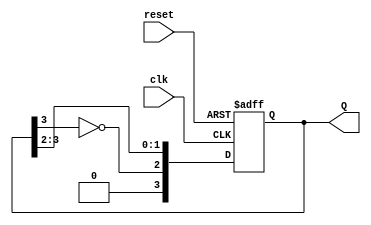
module johnson_counter #(parameter N = 4) (
    input wire clk,        // Clock input
    input wire reset,      // Asynchronous reset
    output reg [N-1:0] Q   // Counter output
);

    // Always block triggered on the rising edge of the clock or reset
    always @(posedge clk or posedge reset) begin
        if (reset) begin
            Q <= 0; // Reset all flip-flops to 0
        end else begin
            // Shift the values and feed back the inverted last flip-flop
            Q <= {~Q[N-1], Q[N-1:N-2]}; // Shift and feedback
        end
    end

endmodule